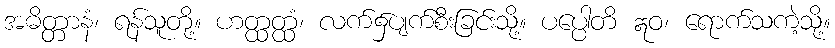
အဓိတ္တာနံ၊ ရန်သူတို့။ ဟတ္ထတ္ထံ၊ လက်၌ပျက်စီးခြင်းသို့။ ပပ္ပေါတိ ဣဝ၊ ရောက်သကဲ့သို့။